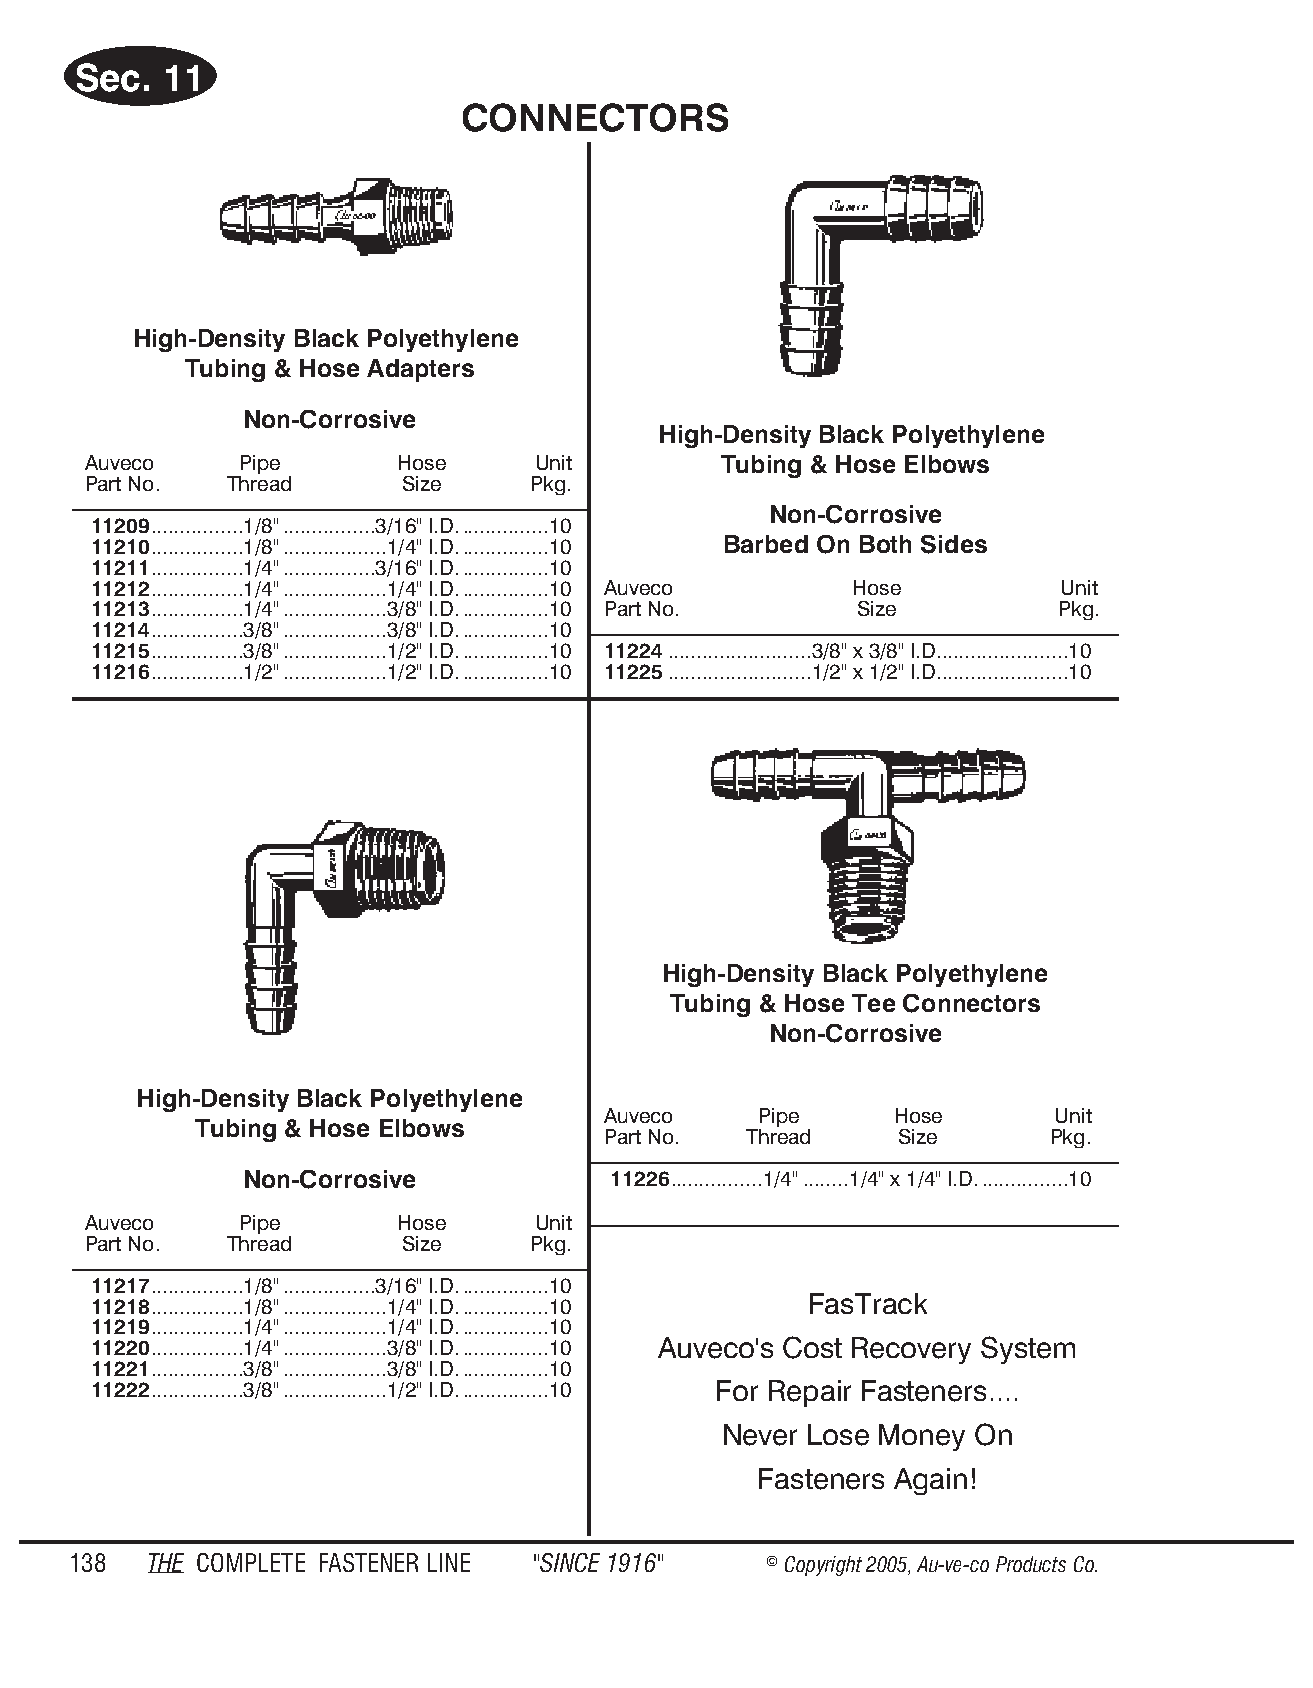
Sec.  11
 CONNECTORS
 High-Density Black Polyethylene
 Tubing & Hose Adapters
 Non-Corrosive
 High-Density Black Polyethylene
 Auveco    Pipe       Hose     Unit        Tubing & Hose Elbows
 Part No. Thread      Size    Pkg.
 Non-Corrosive
 11209................1/8"................3/16" I.D................10
 11210................1/8"..................1/4" I.D................10 Barbed On Both Sides
 11211................1/4"................3/16" I.D................10
 11212................1/4"..................1/4" I.D................10 Auveco Hose Unit
 11213................1/4"..................3/8" I.D................10 Part No. Size Pkg.
 11214................3/8"..................3/8" I.D................10
 11215................3/8"..................1/2" I.D................10 11224.........................3/8" x 3/8" I.D.......................10
 11216................1/2"..................1/2" I.D................10 11225.........................1/2" x 1/2" I.D.......................10
 High-Density Black Polyethylene
 Tubing & Hose Tee Connectors
 Non-Corrosive
 High-Density Black Polyethylene
 Auveco    Pipe     Hose       Unit
 Tubing & Hose Elbows
 Part No.  Thread    Size      Pkg.
 Non-Corrosive            11226................1/4"........1/4" x 1/4" I.D................10
 Auveco    Pipe       Hose     Unit
 Part No. Thread      Size    Pkg.
 11217................1/8"................3/16" I.D................10
 11218................1/8"..................1/4" I.D................10 FasTrack
 11219................1/4"..................1/4" I.D................10
 11220................1/4"..................3/8" I.D................10 Auveco's Cost Recovery System
 11221................3/8"..................3/8" I.D................10
 11222................3/8"..................1/2" I.D................10 For Repair Fasteners....
 Never Lose Money On
 Fasteners Again!
 138  THE COM PLETE FAST ENER LINE "SINCE 1916" © Copyr ight 2005, Au-ve-co Produ cts Co.